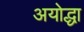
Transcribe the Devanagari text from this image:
अयोद्धा